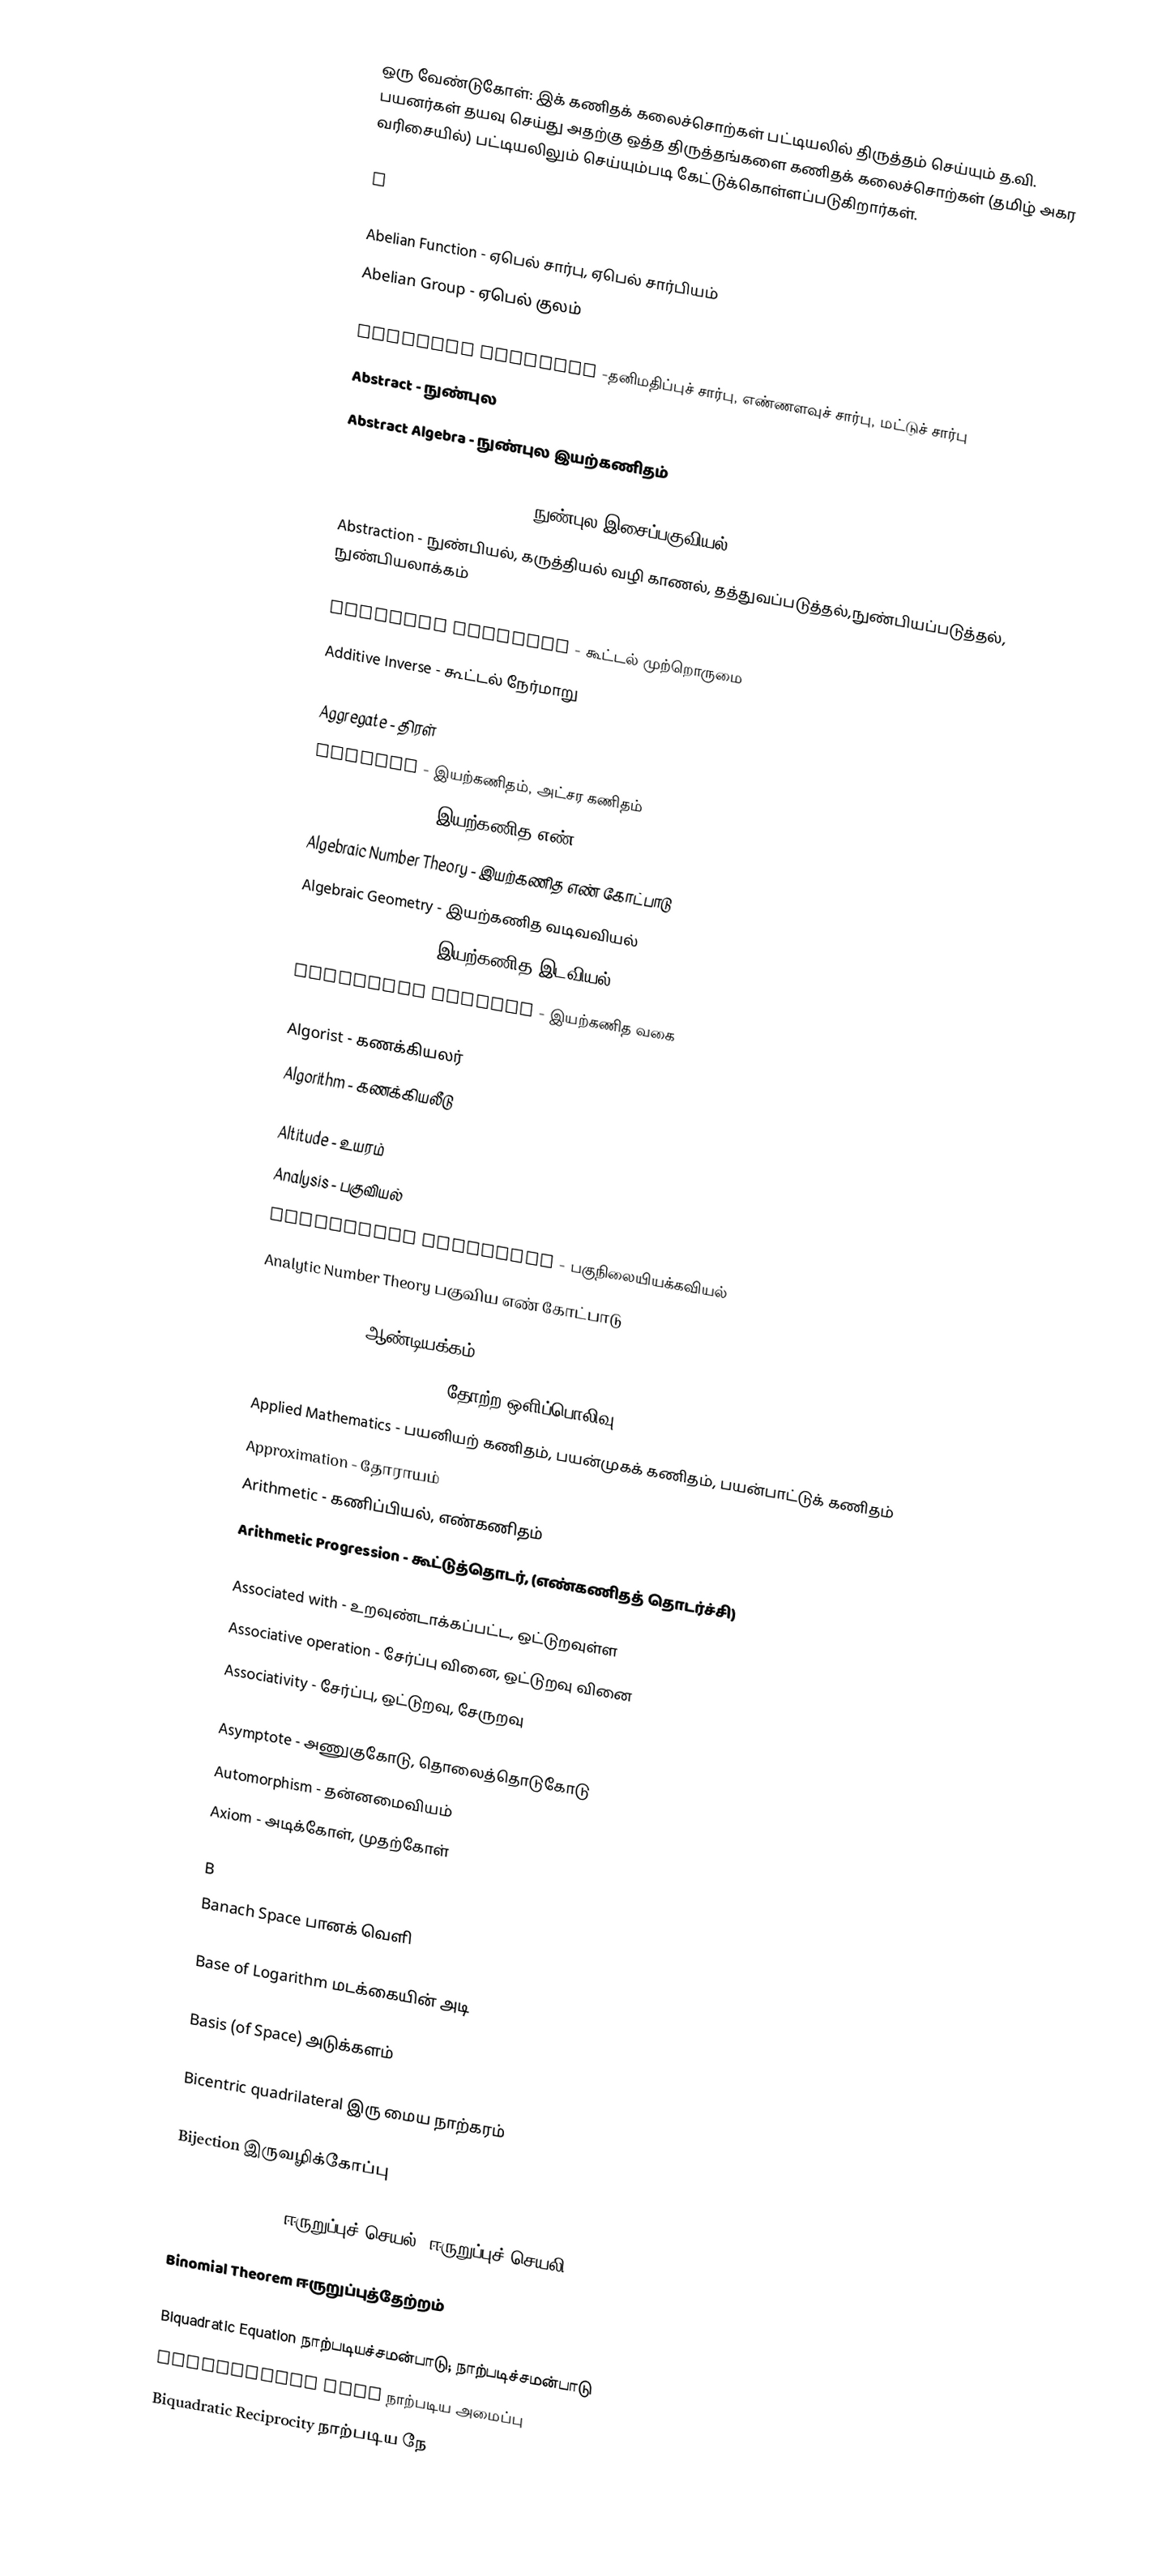
ஒரு வேண்டுகோள்: இக் கணிதக் கலைச்சொற்கள் பட்டியலில் திருத்தம் செய்யும் த.வி. பயனர்கள் தயவு செய்து அதற்கு ஒத்த திருத்தங்களை  கணிதக் கலைச்சொற்கள் (தமிழ் அகர வரிசையில்) பட்டியலிலும் செய்யும்படி கேட்டுக்கொள்ளப்படுகிறார்கள்.

A

 Abelian Function - ஏபெல் சார்பு, ஏபெல் சார்பியம்
 Abelian Group - ஏபெல் குலம்

 Absolute Function -தனிமதிப்புச் சார்பு, எண்ணளவுச் சார்பு, மட்டுச் சார்பு
 Abstract - நுண்புல
 Abstract Algebra - நுண்புல இயற்கணிதம்

 Abstract Harmonic Analysis - நுண்புல இசைப்பகுவியல்
 Abstraction - நுண்பியல், கருத்தியல் வழி காணல், தத்துவப்படுத்தல்,நுண்பியப்படுத்தல், நுண்பியலாக்கம்

 Additive Identity - கூட்டல் முற்றொருமை
 Additive Inverse - கூட்டல் நேர்மாறு

 Aggregate - திரள்
 Algebra - இயற்கணிதம், அட்சர கணிதம்
 Algebraic number - இயற்கணித எண்
 Algebraic Number Theory - இயற்கணித எண் கோட்பாடு
 Algebraic Geometry - இயற்கணித வடிவவியல்
 Algebraic Topology - இயற்கணித இடவியல்
 Algebraic Variety - இயற்கணித வகை

 Algorist - கணக்கியலர்
 Algorithm - கணக்கியலீடு

 Altitude - உயரம்
 Analysis - பகுவியல்
 Analytical Mechanics - பகுநிலையியக்கவியல்
 Analytic Number Theory பகுவிய எண் கோட்பாடு

 Annual motion - ஆண்டியக்கம்
 Apparent magnitude (of star) தோற்ற ஒளிப்பொலிவு
 Applied Mathematics - பயனியற் கணிதம், பயன்முகக் கணிதம், பயன்பாட்டுக் கணிதம்
 Approximation - தோராயம்
 Arithmetic - கணிப்பியல், எண்கணிதம்
 Arithmetic Progression - கூட்டுத்தொடர், (எண்கணிதத் தொடர்ச்சி)

 Associated with - உறவுண்டாக்கப்பட்ட, ஒட்டுறவுள்ள
 Associative operation - சேர்ப்பு வினை, ஒட்டுறவு வினை
 Associativity - சேர்ப்பு, ஒட்டுறவு, சேருறவு

Asymptote - அணுகுகோடு, தொலைத்தொடுகோடு
 Automorphism - தன்னமைவியம்
 Axiom - அடிக்கோள், முதற்கோள்

B
Banach Space பானக் வெளி

Base of Logarithm மடக்கையின் அடி

Basis (of Space) அடுக்களம்

Bicentric quadrilateral இரு மைய நாற்கரம்

Bijection இருவழிக்கோப்பு

Binary Operation ஈருறுப்புச் செயல், ஈருறுப்புச் செயலி

Binomial Theorem ஈருறுப்புத்தேற்றம்

Biquadratic Equation நாற்படியச்சமன்பாடு; நாற்படிச்சமன்பாடு
Biquadratic Form நாற்படிய அமைப்பு
Biquadratic Reciprocity நாற்படிய நே